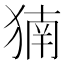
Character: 𬌹